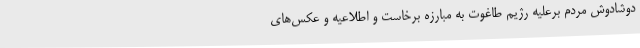
دوشادوش مردم برعلیه رژیم طاغوت به مبارزه برخاست و اطلاعیه و عکس‌های